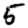
Digit: 5